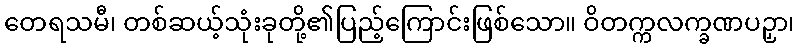
တေရသမီ၊ တစ်ဆယ့်သုံးခုတို့၏ပြည့်ကြောင်းဖြစ်သော။ ဝိတက္ကလက္ခဏပဉှာ၊